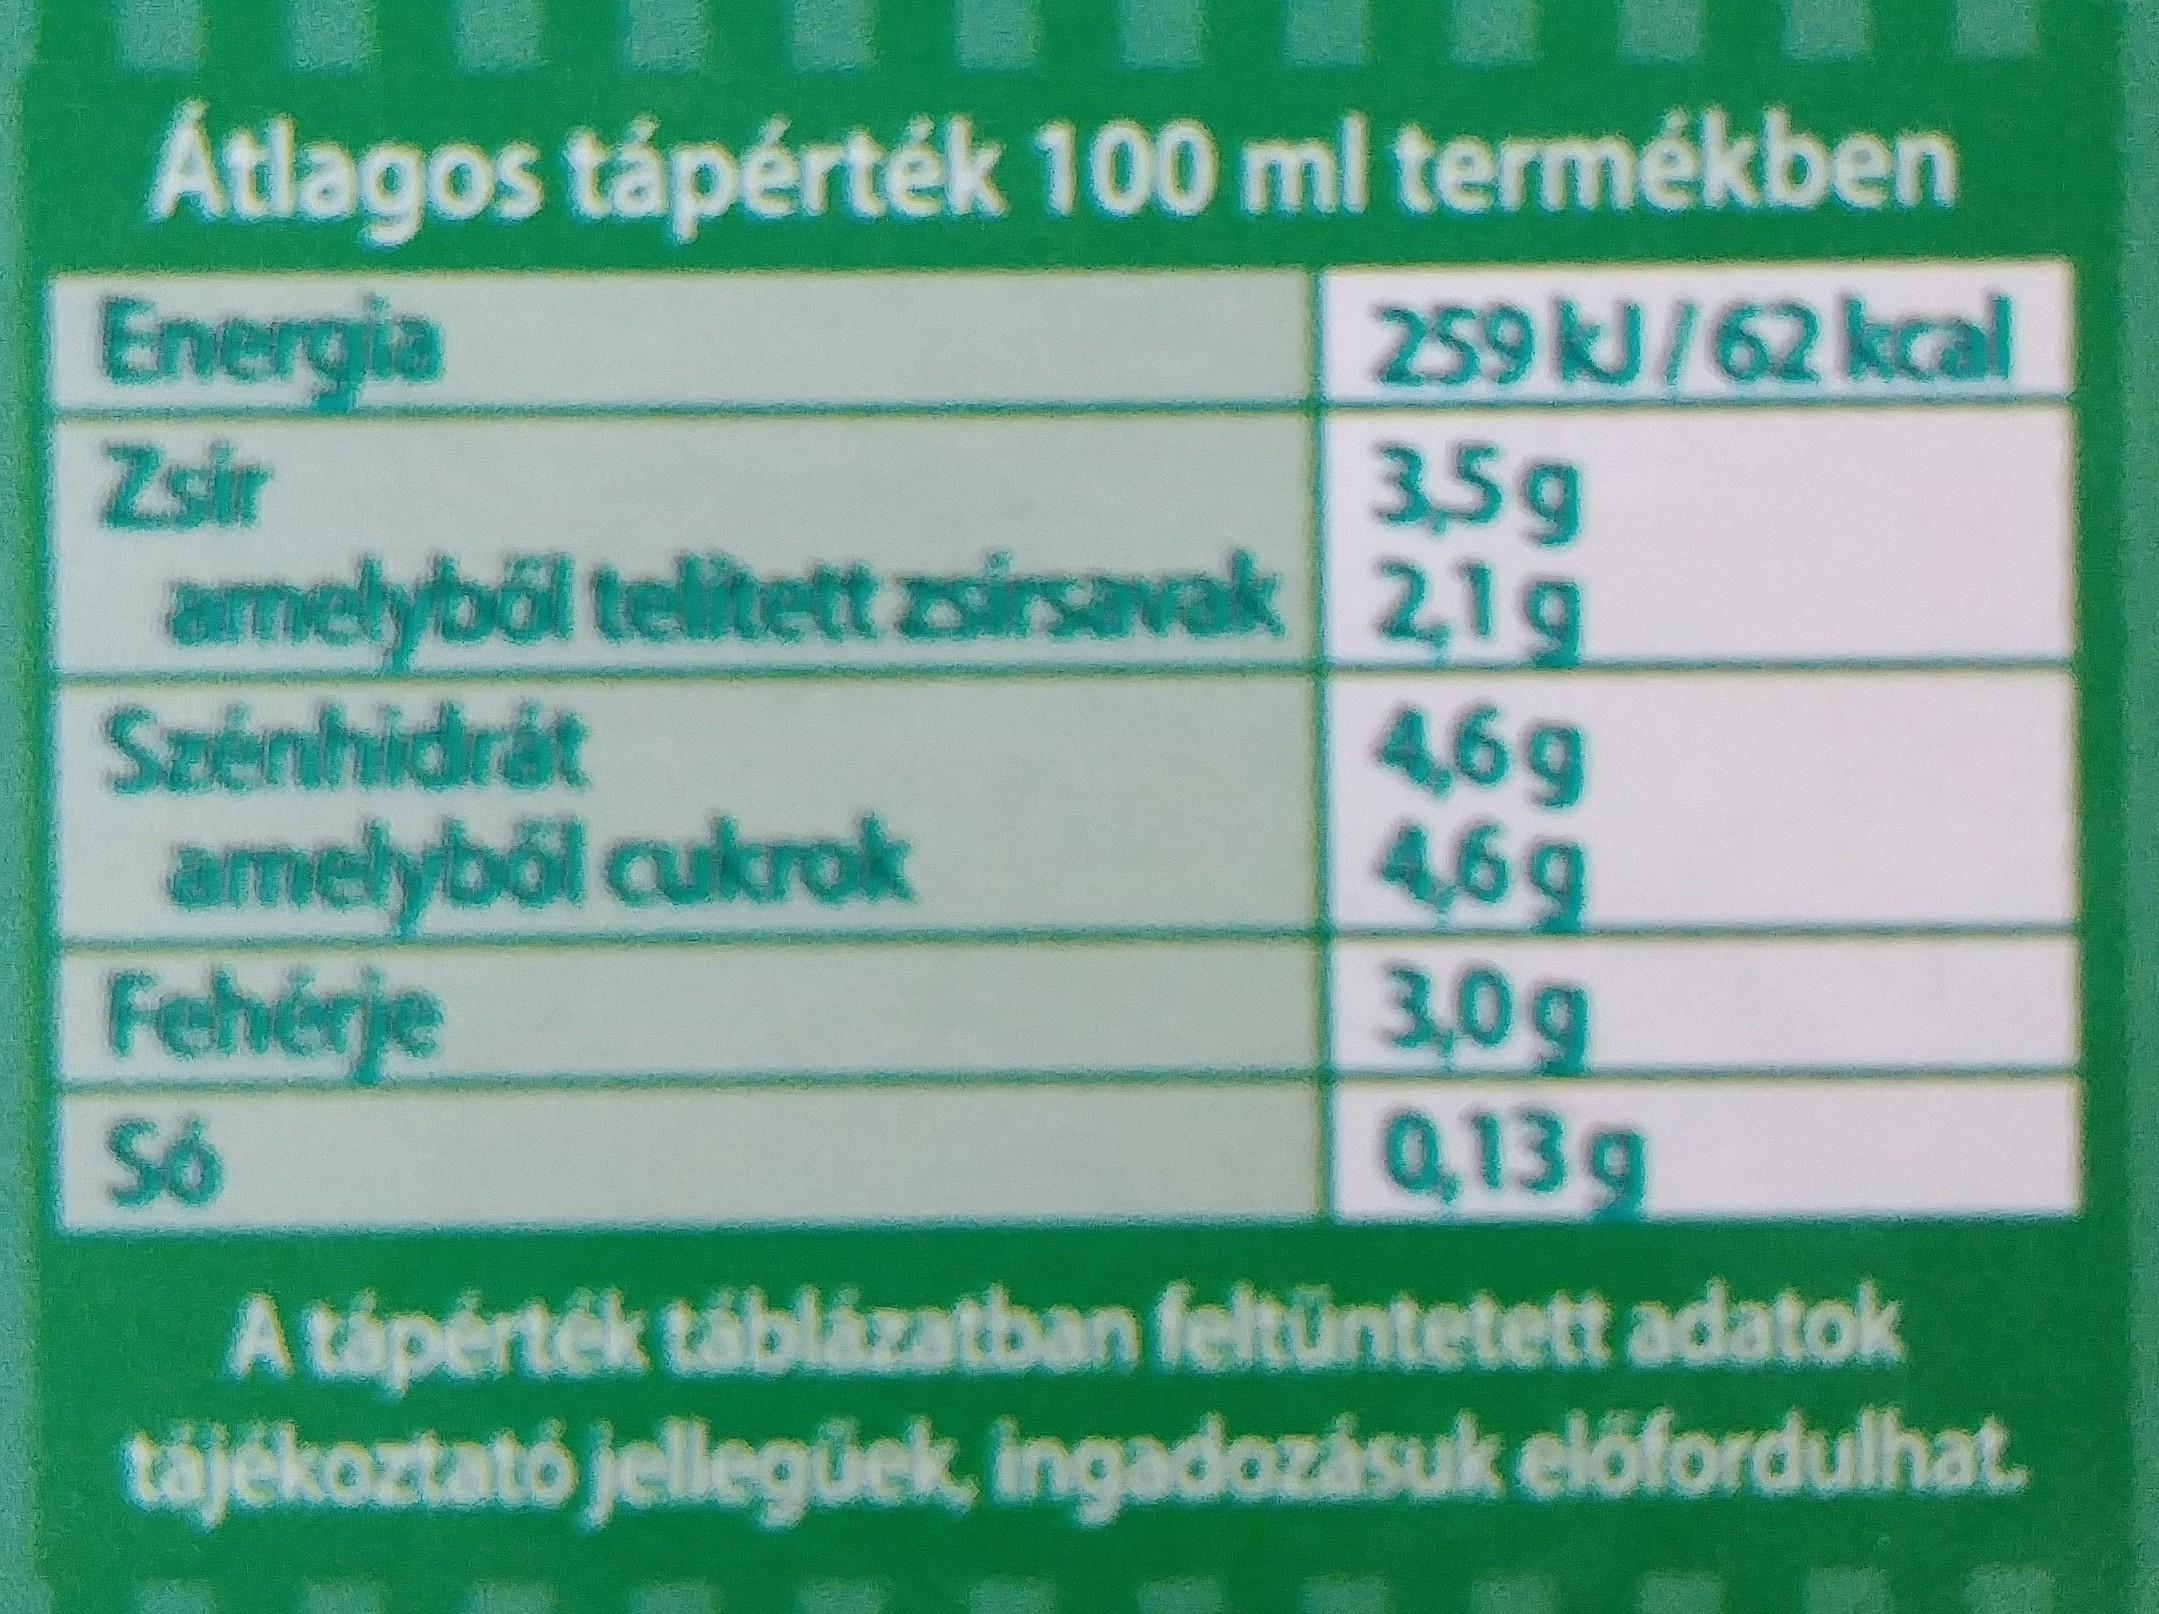
Átlagos tápérték 100 ml termékben
259 kJ/62 kcal 3,5g
Energia Zsir amelyből telitett zsirsavak 2,1g Szénhidrät amelyből cukrok Fehérje
4,6g 4,6g 3,0g 0,13g
Só
A tápérték táblázatban feltüntetett adatok tájékoztató jellegüek, ingadozásuk előfordulhat.